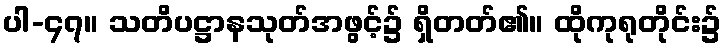
ပါ-၄၇။ သတိပဋ္ဌာနသုတ်အဖွင့်၌ ရှိတတ်၏။ ထိုကုရုတိုင်း၌